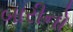
બારીનો